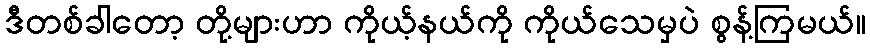
ဒီတစ်ခါတော့ တို့များဟာ ကိုယ့်နယ်ကို ကိုယ်သေမှပဲ စွန့်ကြမယ်။